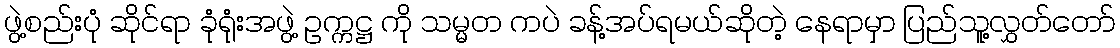
ဖွဲ့စည်းပုံ ဆိုင်ရာ ခုံရုံးအဖွဲ့ ဥက္ကဋ္ဌ ကို သမ္မတ ကပဲ ခန့်အပ်ရမယ်ဆိုတဲ့ နေရာမှာ ပြည်သူ့လွှတ်တော်